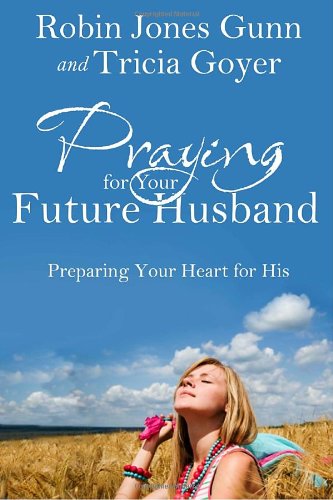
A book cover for Praying for Your Future Husband: Preparing Your Heart for His; Robin Jones Gunn; Self-Help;